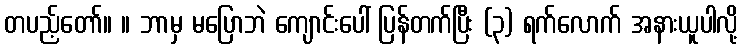
တပည့်တော်။ ။ ဘာမှ မပြောဘဲ ကျောင်းပေါ် ပြန်တက်ပြီး (၃) ရက်လောက် အနားယူပါလို့